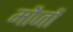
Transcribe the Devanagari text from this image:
मौजों